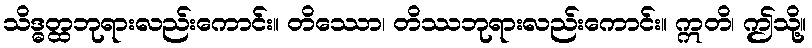
သိဒ္ဓတ္ထဘုရားလည်းကောင်း။ တိဿော၊ တိဿဘုရားလည်းကောင်း။ ဣတိ၊ ဤသို့။